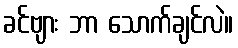
ခင်ဗျား ဘာ သောက်ချင်လဲ။